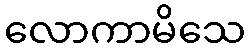
လောကာမိသေ